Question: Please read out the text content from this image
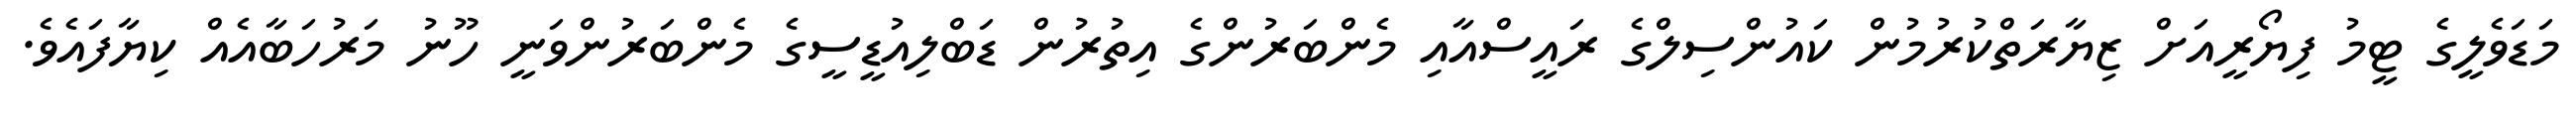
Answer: މަޑަވެލީގެ ޓީމު ފިޔޯރީއަށް ޒިޔާރަތްކުރުމުން ކައުންސިލްގެ ރައީސްއާއި މެންބަރުންގެ އިތުރުން ޑަބްލިއުޑީސީގެ މެންބަރުންވަނީ ހޫނު މަރުހަބާއެއް ކިޔާފައެވެ.